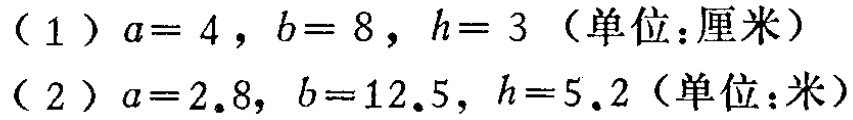
（1）\(a = 4\)，\(b = 8\)，\(h = 3\)（单位：厘米）

（2）\(a = 2.8\)，\(b = 12.5\)，\(h = 5.2\)（单位：米）